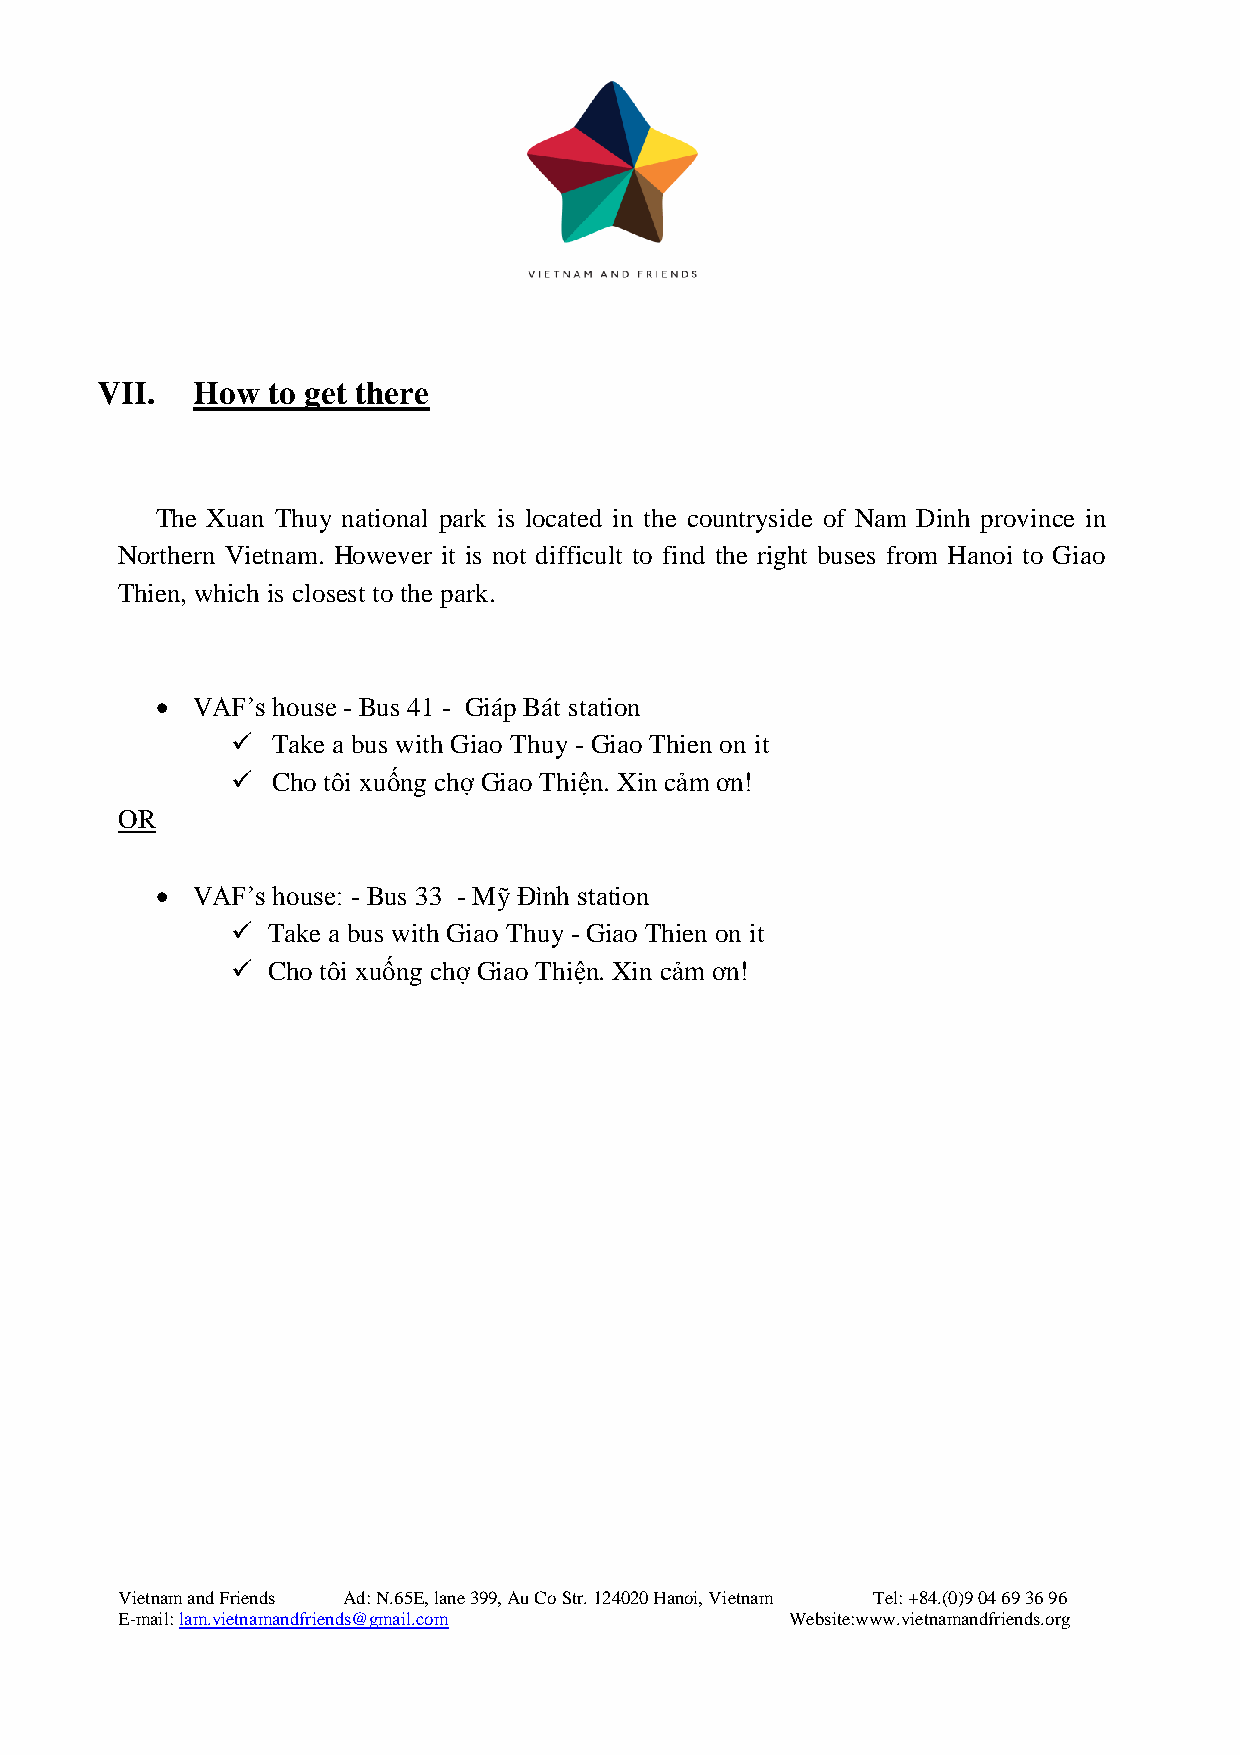
VII.   How  to get there
 The Xuan Thuy national park is located in the countryside of Nam Dinh province in
 Northern Vietnam. However it is not difficult to find the right buses from Hanoi to Giao
 Thien, which is closest to the park.
   VAF’s house - Bus 41 - Giáp Bát station
   Take a bus with Giao Thuy - Giao Thien on it
   Cho tôi xuống chợ Giao Thiện. Xin cảm ơn!
 OR
   VAF’s house: - Bus 33 - Mỹ Đình station
   Take a bus with Giao Thuy - Giao Thien on it
   Cho tôi xuống chợ Giao Thiện. Xin cảm ơn!
 Vietnam and Friends Ad: N.65E, lane 399, Au Co Str. 124020 Hanoi, Vietnam Tel: +84.(0)9 04 69 36 96
 E-mail: lam.vietnamandfriends@gmail.com     Website:www.vietnamandfriends.org